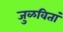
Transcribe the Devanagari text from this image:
जुळवितां